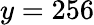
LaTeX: y=256